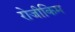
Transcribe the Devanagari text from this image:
रोजीकिम